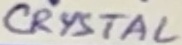
Text: CRYSTAL